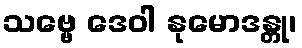
သဗ္ဗေ ဒေဝါ နုမောဒန္တု၊